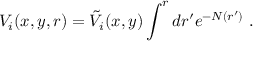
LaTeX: V _ { i } ( x , y , r ) = \tilde { V } _ { i } ( x , y ) \int ^ { r } d r ^ { \prime } e ^ { - N ( r ^ { \prime } ) } ~ .